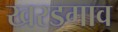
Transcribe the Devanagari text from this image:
खरडगाव